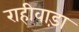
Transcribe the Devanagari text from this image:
राहीवाड़ा